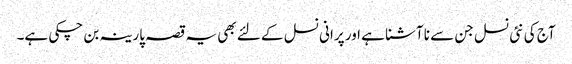
آج کی نئی نسل جن سے نا آشنا ہے اور پرانی نسل کے لئے بھی یہ قصہ پارینہ بن چکی ہے۔